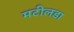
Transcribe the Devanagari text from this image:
मटीलडा